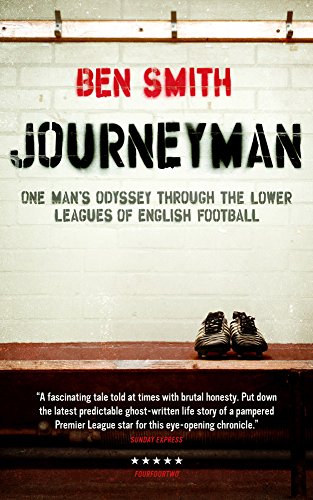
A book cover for Journeyman: One Man's Odyssey Through the Lower Leagues of English Football; Ben Smith; Biographies & Memoirs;